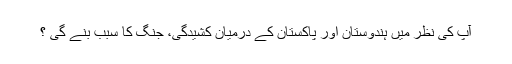
آپ کی نظر میں ہندوستان اور پاکستان کے درمیان کشیدگی، جنگ کا سبب بنے گی ؟